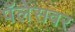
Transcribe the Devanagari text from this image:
पॅलेसवर